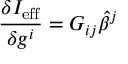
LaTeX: \frac { \delta I _ { \mathrm { e f f } } } { \delta g ^ { i } } = { \cal G } _ { i j } { \widehat \beta } ^ { j }